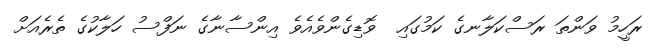
ރަހީމު ވަންތަ ރަސްކަލާނގެ ކަމުގައި  ވޮޑިގެންވެއެވެ އިންސާނާގެ ނަފްސު ހަލާކުގެ ތެރެއަށް